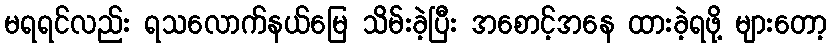
မရရင်လည်း ရသလောက်နယ်မြေ သိမ်းခဲ့ပြီး အစောင့်အနေ ထားခဲ့ရဖို့ များတော့